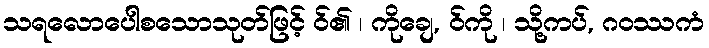
သရလောပေါစသောသုတ်ဖြင့် ဝ်၏ ၊ ကိုချေ, ဝ်ကို ၊ သို့ကပ်, ဂဝဿကံ